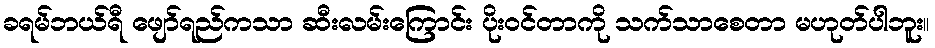
ခရမ်ဘယ်ရီ ဖျော်ရည်ကသာ ဆီးလမ်းကြောင်း ပိုးဝင်တာကို သက်သာစေတာ မဟုတ်ပါဘူး။